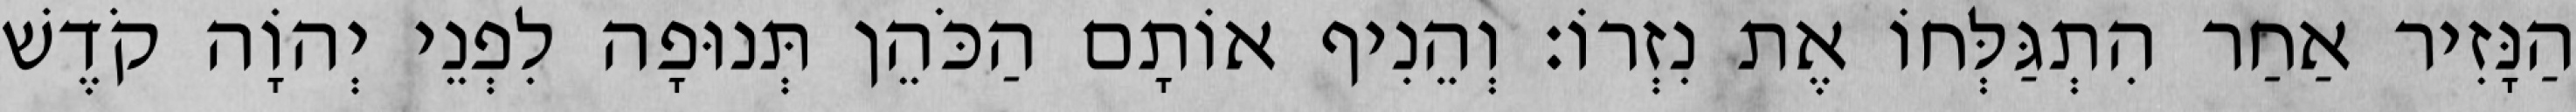
הַנָּזִיר אַחַר הִתְגַּלְּחוֹ אֶת נִזְרוֹ׃ וְהֵנִיף אוֹתָם הַכֹּהֵן תְּנוּפָה לִפְנֵי יְהוָֹה קֹדֶשׁ